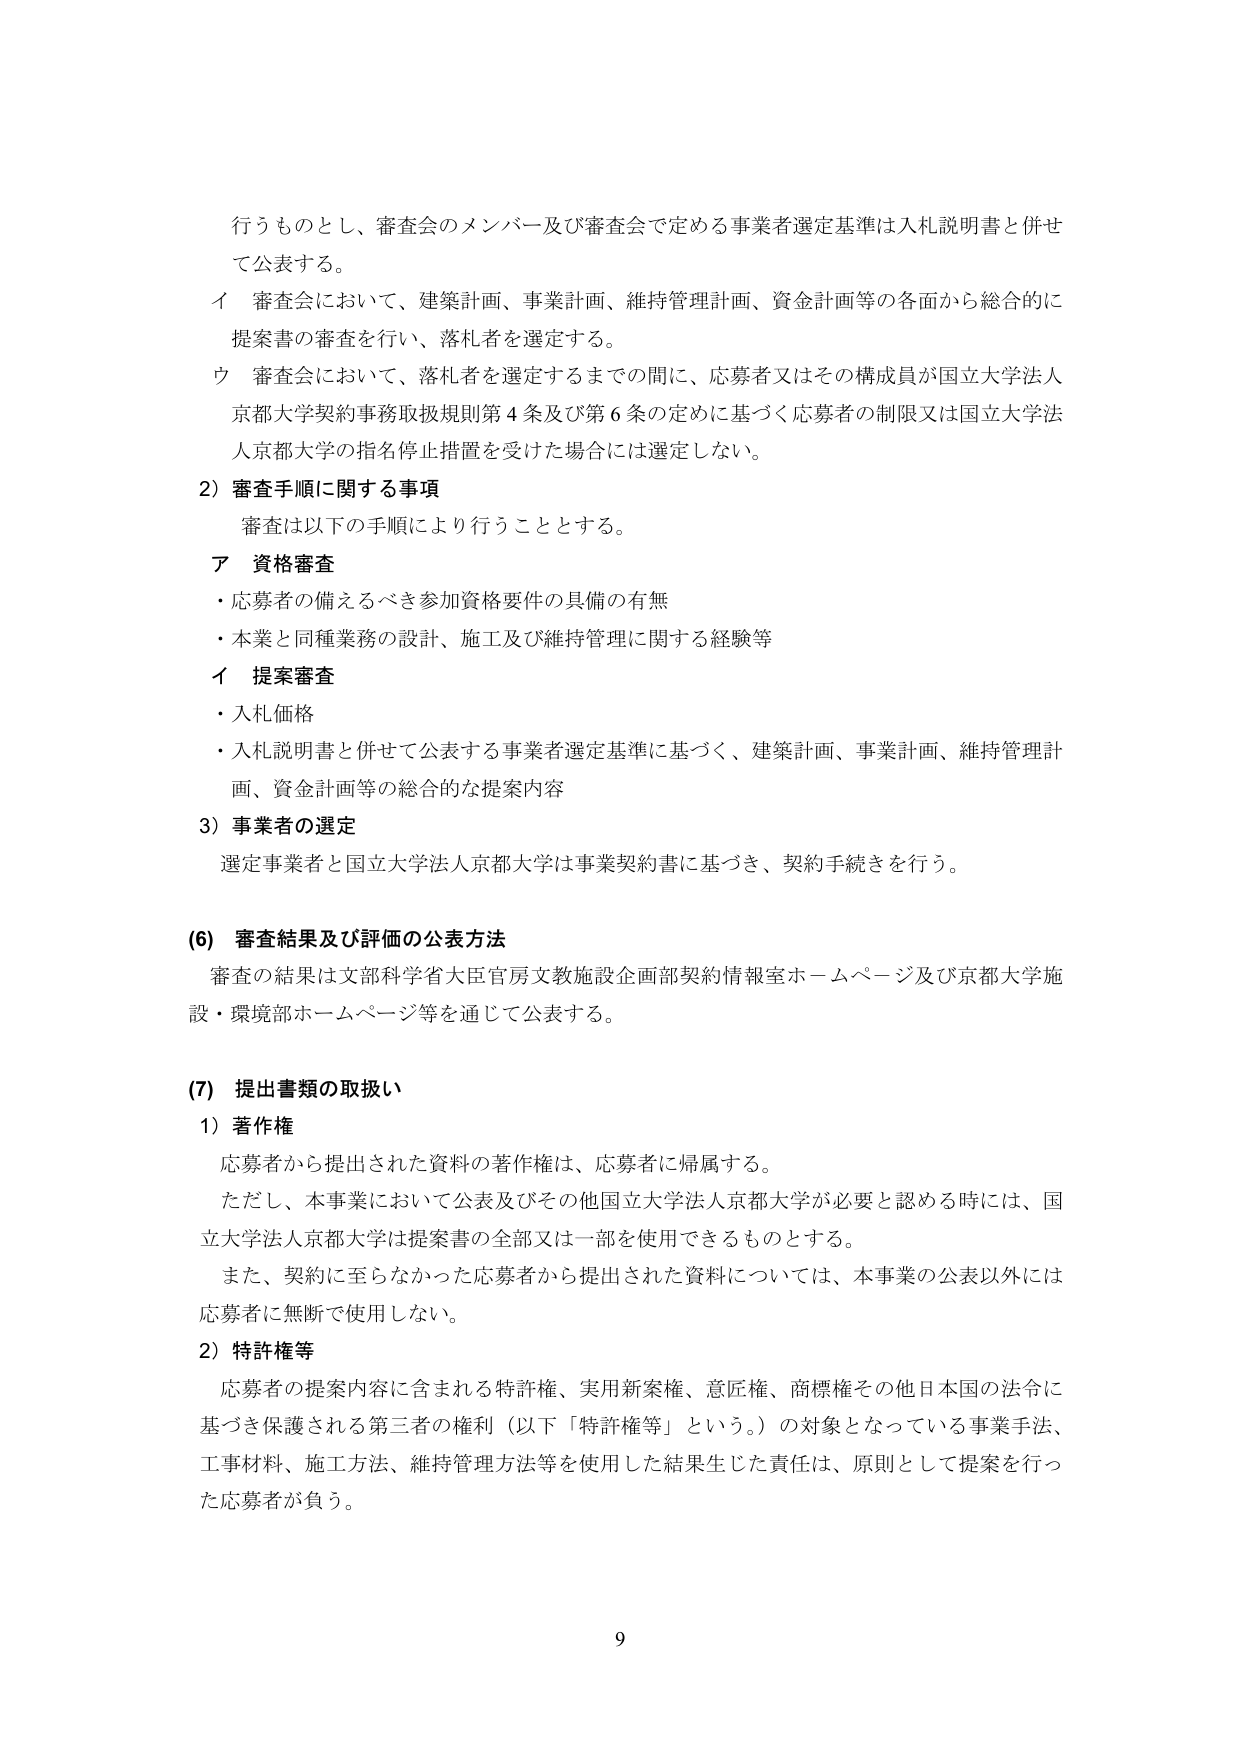
行うものとし、審査会のメンバー及び審査会で定める事業者選定基準は入札説明書と併せて公表する。

イ 審査会において、建築計画、事業計画、維持管理計画、資金計画等の各面から総合的に提案書の審査を行い、落札者を選定する。

ウ 審査会において、落札者を選定するまでの間に、応募者又はその構成員が国立大学法人京都大学契約事務取扱規則第4条及び第6条の定めに基づく応募者の制限又は国立大学法人京都大学の指名停止措置を受けた場合には選定しない。

2）審査手順に関する事項
審査は以下の手順により行うこととする。

ア 資格審査
・応募者の備えるべき参加資格要件の具備の有無
・本業と同種業務の設計、施工及び維持管理に関する経験等

イ 提案審査
・入札価格
・入札説明書と併せて公表する事業者選定基準に基づく、建築計画、事業計画、維持管理計画、資金計画等の総合的な提案内容

3）事業者の選定
選定事業者と国立大学法人京都大学は事業契約書に基づき、契約手続きを行う。

(6) 審査結果及び評価の公表方法
審査の結果は文部科学省大臣官房文教施設企画部契約情報室ホームページ及び京都大学施設・環境部ホームページ等を通じて公表する。

(7) 提出書類の取扱い
1）著作権
応募者から提出された資料の著作権は、応募者に帰属する。
ただし、本事業において公表及びその他国立大学法人京都大学が必要と認める時には、国立大学法人京都大学は提案書の全部又は一部を使用できるものとする。
また、契約に至らなかった応募者から提出された資料については、本事業の公表以外には応募者に無断で使用しない。

2）特許権等
応募者の提案内容に含まれる特許権、実用新案権、意匠権、商標権その他日本国の法令に基づき保護される第三者の権利（以下「特許権等」という。）の対象となっている事業手法、工事材料、施工方法、維持管理方法等を使用した結果生じた責任は、原則として提案を行った応募者が負う。

9